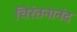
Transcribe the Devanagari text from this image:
चिरंतनानंद